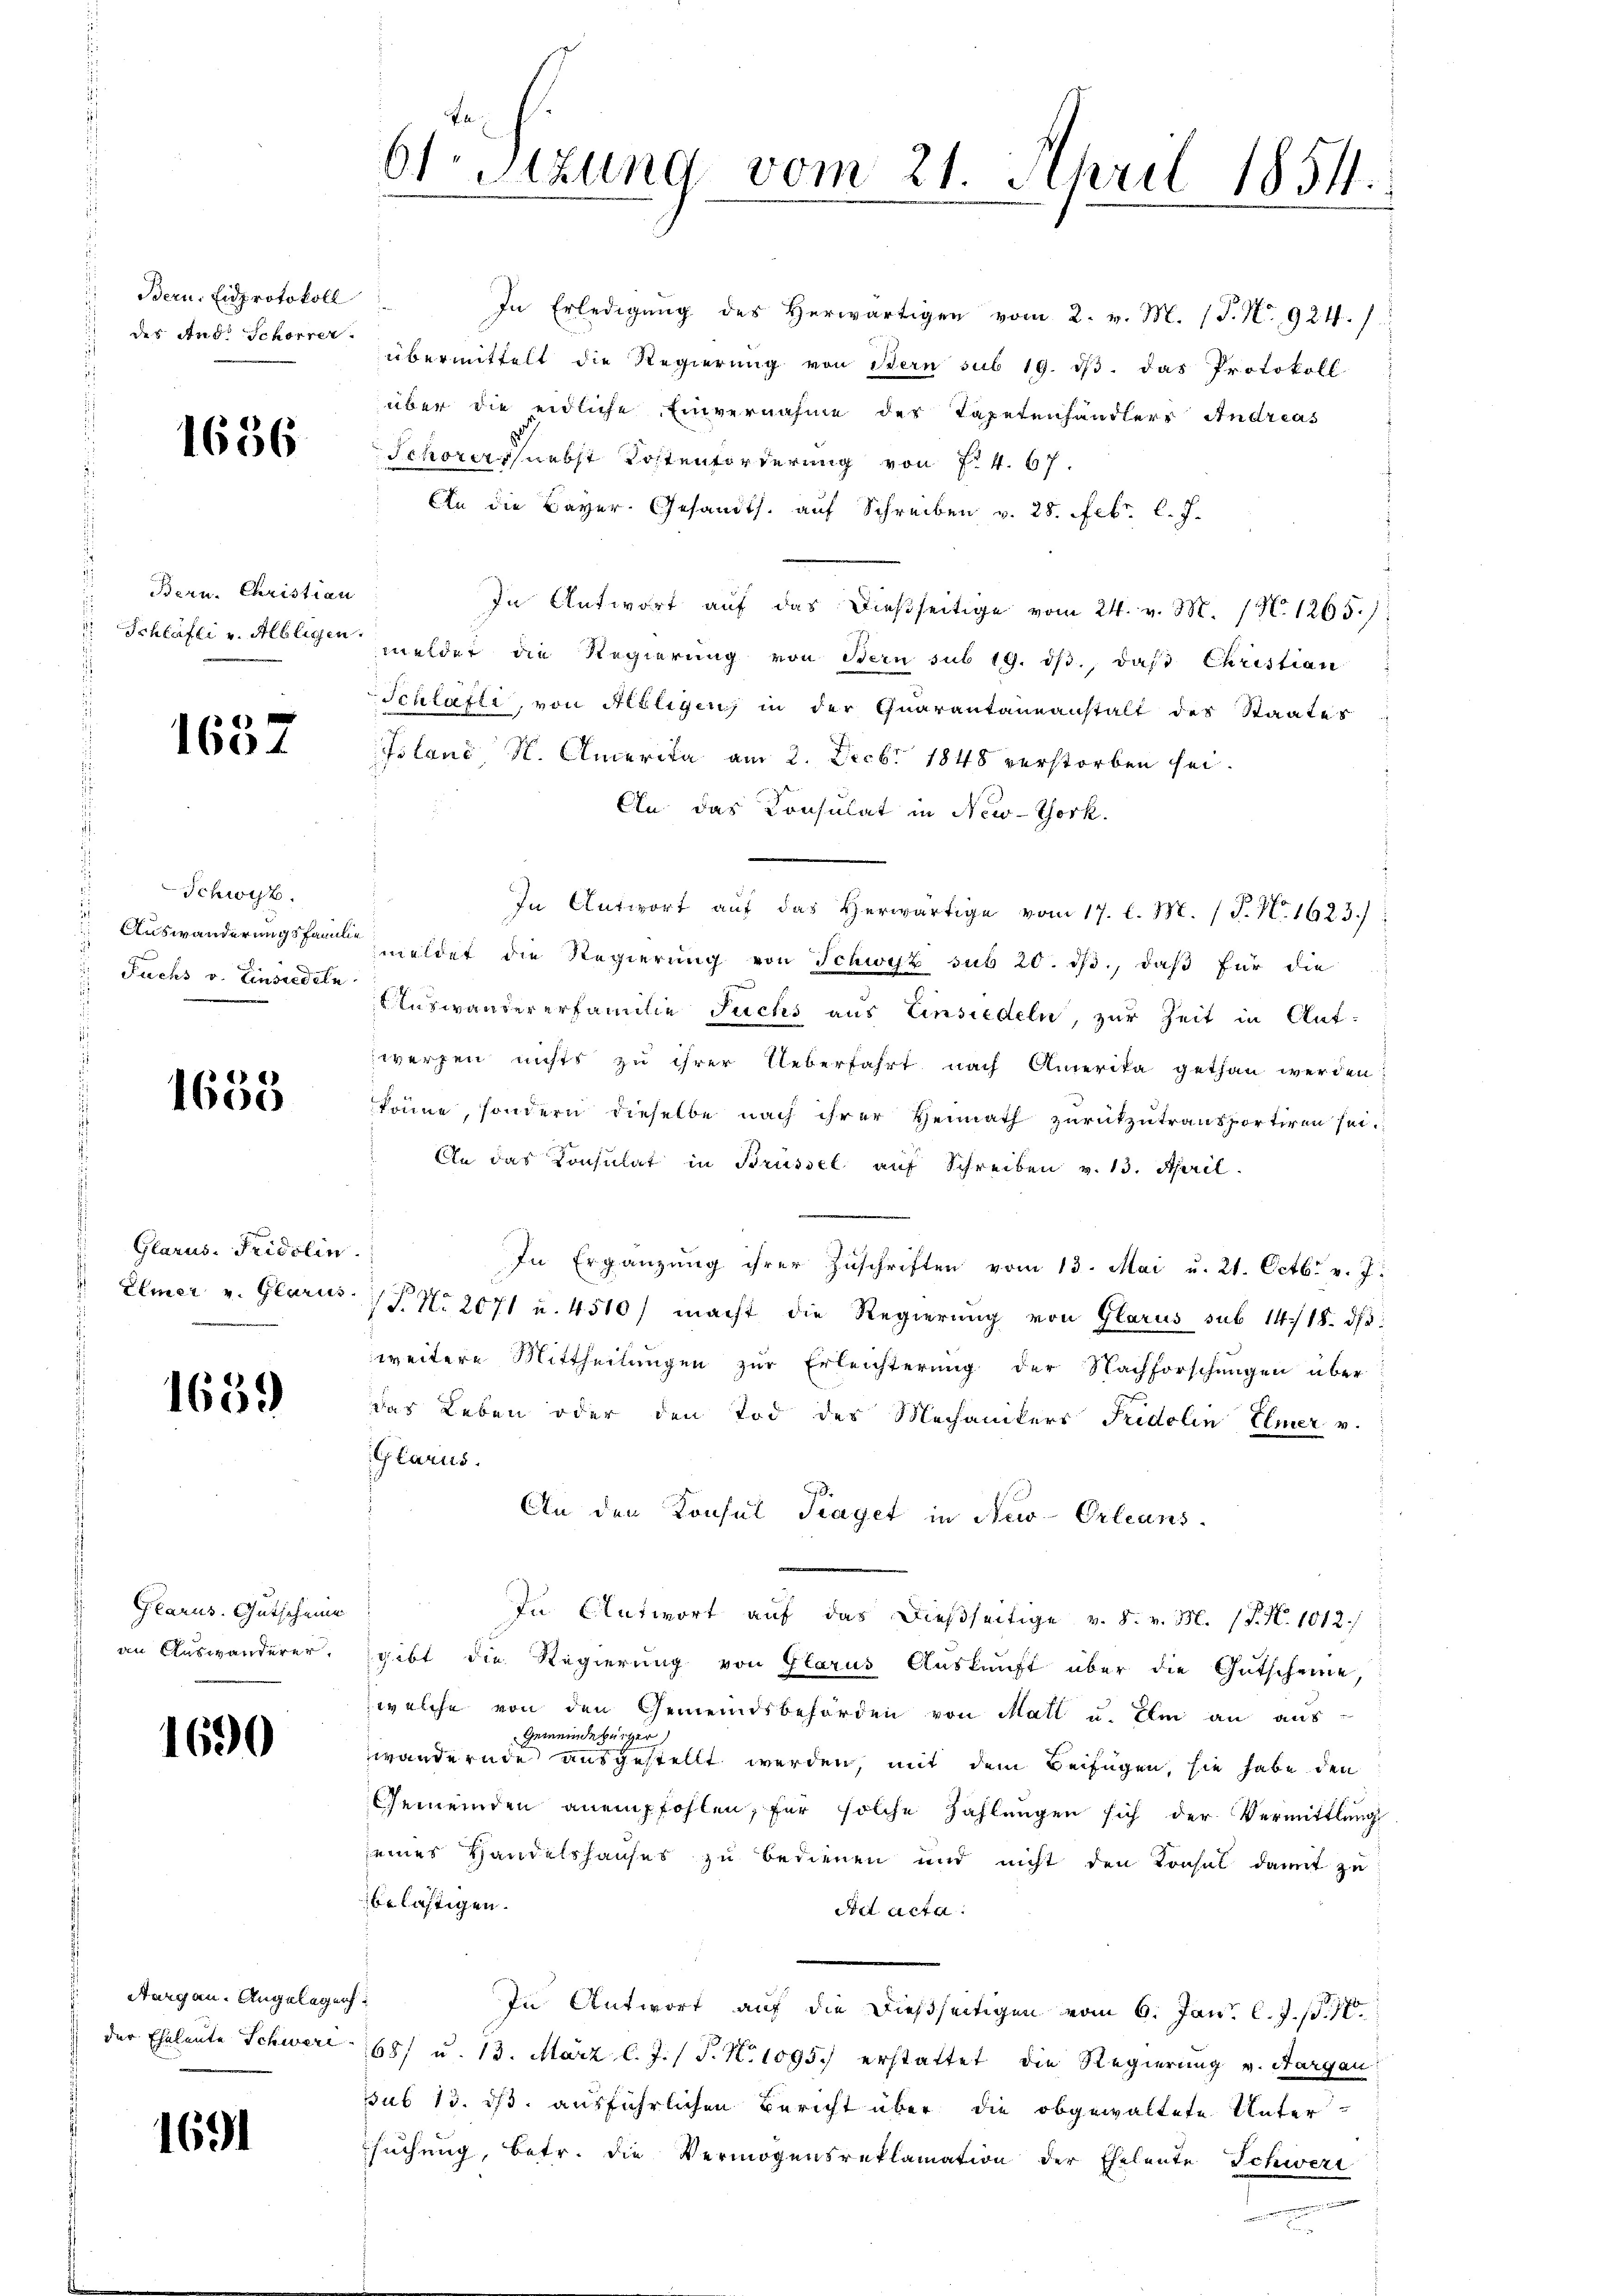
Bern. Eidprotokoll

1656

Bern. Christian

1637

Schwyz.
d
Auswanderungsfamili
 Fuchs v. Einsiedeln

1653

Glarus. Fridolin
Elmer v. Glarus.

1689

Glarus. Gutscheine
an Auswanderer.

1690

Aargau. Angelegen.
der Eheleute Schwere

1691

61.Stzung vom 21. April 1854.

In Erledigung des Herwärtigen vom 2. v. M. (T. No. 924./.
der And. Schorne übermittelt die Regierung von Bern sub 19. dβ das Protokoll
über die eidliche Einvernahme der Tapetenhändlers Andreas
Schores nebst Kostenforderung von f. 4. 67.
An die Bayer Gesandts. auf Schreiben v. 28. Febr. l. J.
In Antwort auf das dießseitige vom 24. v. M. N. 1265.
Schläfli u. Alblicher meldet die Regierung von Bern sub 19. dβ., daß Christian
Schläfte, von Albliger in der Quarantaneanstalt des Staates
Jolanc, N. Amerika am 2. Decbr 1848 verstorben sei.
An das Consulat in New-York.
In Antwort auf das herwärtige vom 17. l. M. (T. N. 1623.)
eldet die Regierung von Schwyz sub 20. ds., daß für die
Auswandererfamilie Fuchs aus Einsiedeln, zur Zeit in Antwerfen nichts zu ihrer Ueberfahrt nach Amerika gethan werden,
könne, sondern dieselbe nach ihrer Heimath zurückzutrausportiren sei.
An das Konsulat in Brüssel aŭf Schreiben v. 13. April.
J
In Ergänzŭng ihrer Zŭschriften vom 13. Mai u. 21. Octbr. v. J.
T. No 2071 u. 4510) macht die Regierung von Glarus sub 14./18. dβ
weitere Mittheilungen zur Erleichterung der Nachforschungen über
das Leben oder den Tod des Mechanikers Fridolin Elmer v.
Glarus.
An den Konsul Fraget in New-Orleans
In Antwort auf das dießseitige v. 8. v. M. (T. N. 1012./
gibt die Regierung von Glarus Auskunft über die Gutscheine,
welche von den Gemeindsbehörden von Matt u. ihm an aus-
Gemeindebürger
wandernde ausgestellt werden, mit dem Beifügen, sie habe den
Gemeinden anempfohlen, für solche Zahlungen sich der Vermittlungs
seines Handelshauses zu bedienen und nicht den Konsul damit zu
belästigen.
det acta.
In Antwort auf die dießseitigen vom 6. Jan. l. J. p. 70.
1687 u. 13. März l. J. (T. No 1095.) erstattet die Regierung v. Aargau
sub 13. ds. ausführlichen Bericht über die obgewaltete Unter-
suchung, betr. die Vermögensreklamation der Eheleute Schwert
.
n